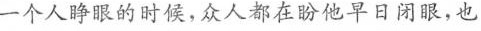
一个人睁眼的时候，众人都在盼他早日闭眼，也